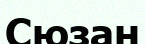
Сюзан